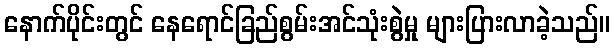
နောက်ပိုင်းတွင် နေရောင်ခြည်စွမ်းအင်သုံးစွဲမှု များပြားလာခဲ့သည်။